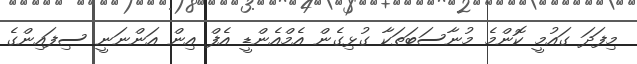
މިފަދަ ގައުމީ ކޮންމެ މުނާސަބަތަކާ ގުޅިގެން އެމްއެންޑީ އެފް އިން އަންނަނީ ސިފައިންގެ